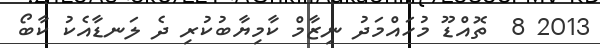
2013 8  ތޮއްޑޫ މުހައްމަދު ނިޒާމް ކާމިޔާބުކުރި ދެ ލަނޑާއެކު ކާބޯ